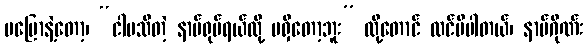
မပြောနဲ့တော့၊ “ငါမသိတဲ့ နာမ်ရုပ်ရယ်လို့ မရှိတော့ဘူး” လို့တောင် ထင်မိပါတယ်၊ နာမ်ဂိုဏ်း